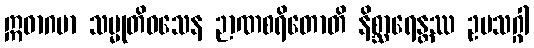
ဣဓာဂမာ သမ္မုတိဝသေန ဉာဏစရိတောတိ နိစ္ဆာရေန္တဿ ဥပသဂ္ဂါ